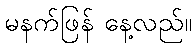
မနက်ဖြန် နေ့လည်။